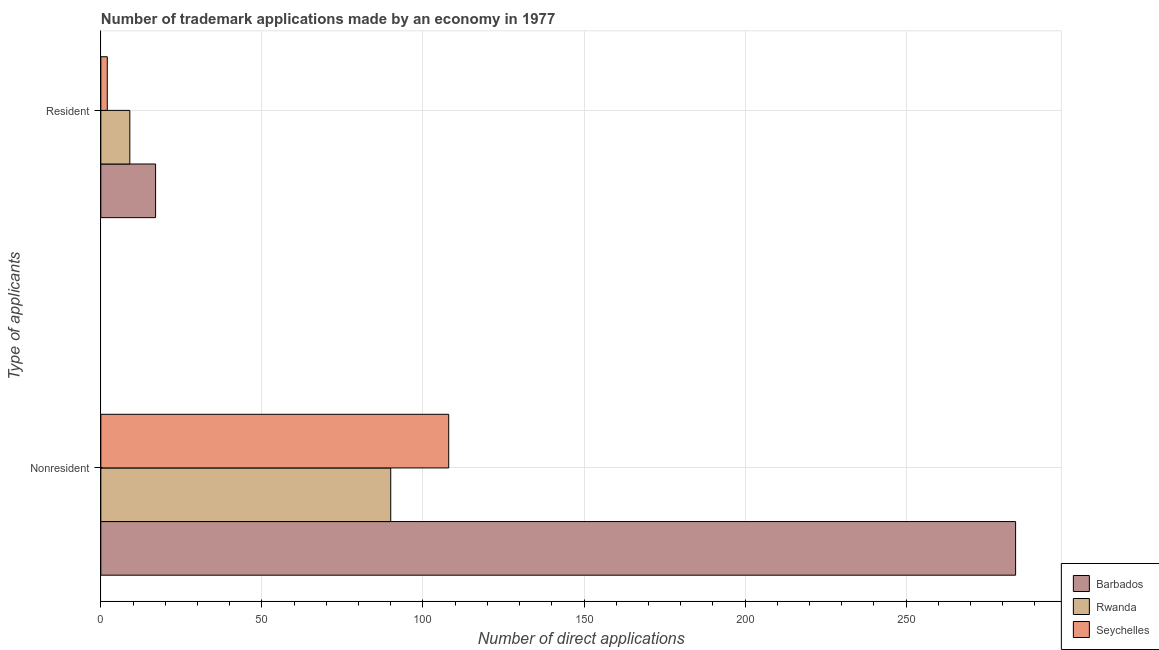
| Type of applicants | Barbados | Rwanda | Seychelles |
 | --- | --- | --- | --- |
 | Nonresident | 284 | 90 | 108 |
 | Resident | 17 | 9 | 2 |